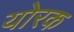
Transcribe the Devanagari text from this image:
योरक